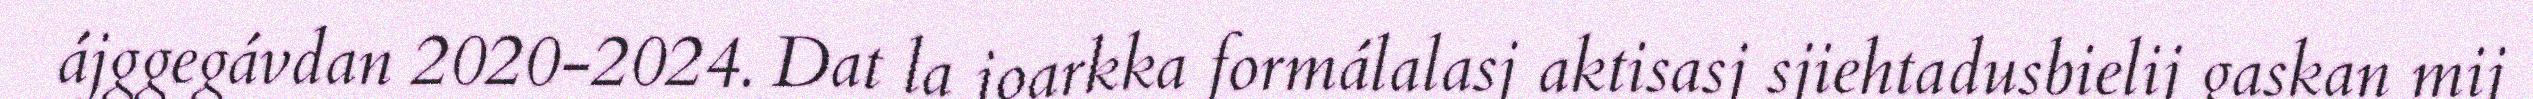
ájggegávdan 2020-2024. Dat la joarkka formálalasj aktisasj sjiehtadusbielij gaskan mij